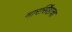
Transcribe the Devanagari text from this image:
मारसिंहाचा